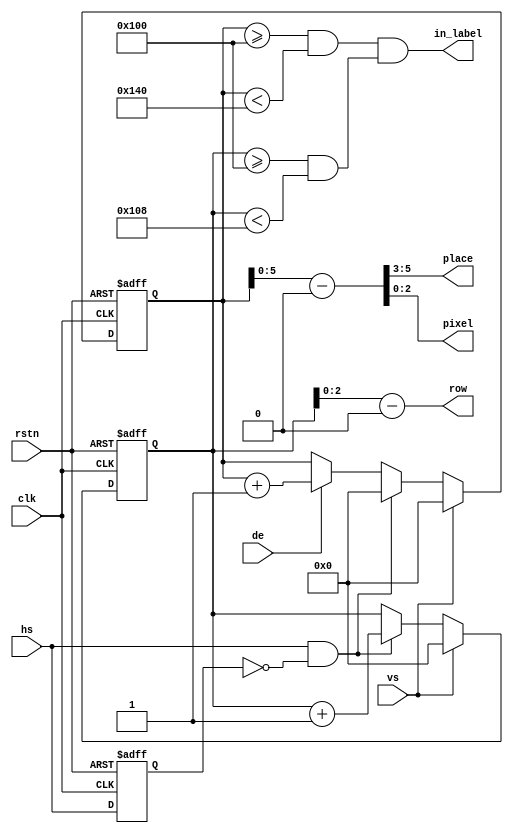
//===========================================================================
//
// Description  : Laber placer
// Revision     : V1.0
//
//===========================================================================

module label_placer (
    input clk,
    input rstn,
    input hs,
    input vs,
    input de,
    output in_label,
    output [2:0] place,
    output [2:0] row,
    output [2:0] pixel
);

// coordinates of left-top corner of label
// must be a multiple of 8 
parameter X_POS = 256;
parameter Y_POS = 256;

// scale coefficients
// 0 - no scale, symbol 8x8
// 1 - scale x2, symbol 16x16
// 2 - scale x4, symbol 32x32
// ... etc
parameter SCALE = 0;

// label length 
localparam LABEL_LEN = 8;

// local coordinates of left-top corner of label
localparam X_START = X_POS/(1 << SCALE);
localparam Y_START = Y_POS/(1 << SCALE);

// local coordinates of right-bottom corner of label
localparam X_END = X_START + 8 * LABEL_LEN;
localparam Y_END = Y_START + 8;

// current x,y counters
reg [11:0] x, y;
// scaled x,y counters
wire [12 - SCALE - 1:0] x_scaled, y_scaled;
// label relative x,y 
wire [12 - SCALE - 1:0] x_relative, y_relative;

assign x_scaled = x[11:SCALE];
assign y_scaled = y[11:SCALE];
assign x_relative = x_scaled - X_START;
assign y_relative = y_scaled - Y_START;

// flags indicates we are in the label area
wire in_label_x = x_scaled >= X_START && x_scaled < X_END;
wire in_label_y = y_scaled >= Y_START && y_scaled < Y_END;
assign in_label = in_label_x & in_label_y;

assign pixel = x_relative[2:0];
assign place = x_relative[5:3];
assign row   = y_relative[2:0];


reg hs_d;
// pixels counters
always @(posedge clk or negedge rstn)
begin
    if(!rstn) begin
        x <= 12'h0;
        y <= 12'h0;
        hs_d <= 0;
        //pxl <= 0;
    end else begin
        hs_d <= hs;
        if(vs) begin
            x <= 12'h0;
            y <= 12'h0;
        end else if(hs && !hs_d) begin
            y <= y + 1;
            x <= 12'h0;
        end else if(de) begin
            x <= x + 1;
            //if(in_label_x) 
            //    pxl <= pxl + 1;
        end
    end
end 

endmodule